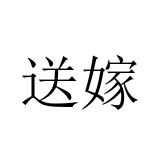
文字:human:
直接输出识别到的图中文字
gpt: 送嫁